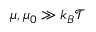
\mu , \mu _ { 0 } \gg k _ { B } \mathcal { T }